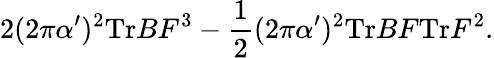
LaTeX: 2(2\pi\alpha^{\prime})^{2}\mathrm{Tr}BF^{3}-\frac{1}{2}(2\pi\alpha^{\prime})^{2}\mathrm{Tr}BF\mathrm{Tr}F^{2}.